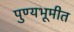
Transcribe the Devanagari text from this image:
पुण्यभूमीत